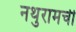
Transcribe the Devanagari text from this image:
नथुरामची